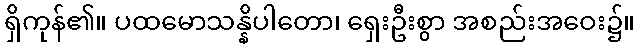
ရှိကုန်၏။ ပထမောသန္နိပါတော၊ ရှေးဦးစွာ အစည်းအဝေး၌။